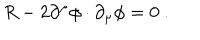
R - 2 \partial ^ { \mu } \phi \cdot \partial _ { \mu } \phi = 0 \ .